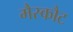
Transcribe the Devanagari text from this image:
मैस्कौट